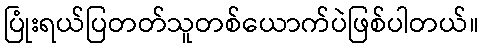
ပြုံးရယ်ပြတတ်သူတစ်ယောက်ပဲဖြစ်ပါတယ်။